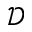
\mathcal D